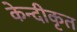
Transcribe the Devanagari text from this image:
केन्दीकृत